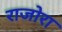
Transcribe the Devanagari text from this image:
राजोरा